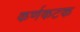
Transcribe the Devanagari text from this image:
कर्णकटक